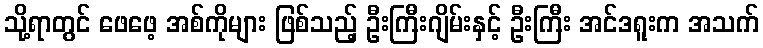
သို့ရာတွင် ဖေဖေ့ အစ်ကိုများ ဖြစ်သည့် ဦးကြီးဂျိမ်းနှင့် ဦးကြီး အင်ဒရူးက အသက်